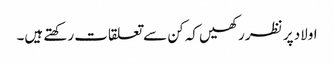
اولاد پر نظر رکھیں کہ کن سے تعلقات رکھتے ہیں۔